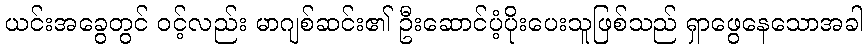
ယင်းအခွေတွင် ၀င့်လည်း မာဂျစ်ဆင်း၏ ဦးဆောင်ပံ့ပိုးပေးသူဖြစ်သည် ရှာဖွေနေသောအခါ